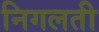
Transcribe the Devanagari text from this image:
निगलती